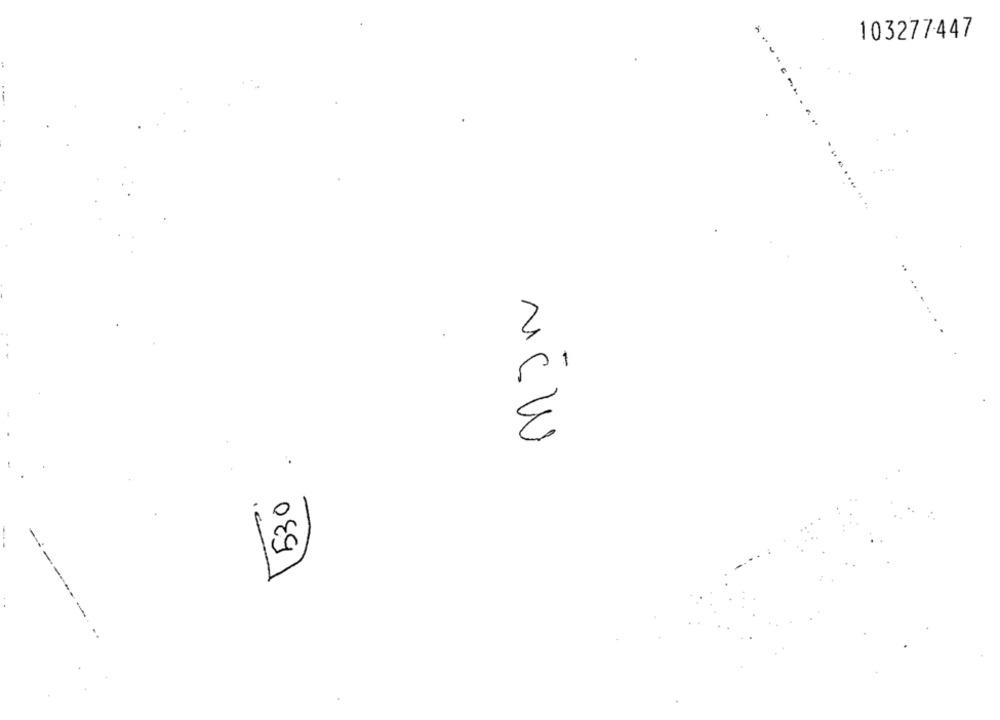
103277447
....
MCW
530